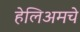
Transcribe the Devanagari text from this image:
हेलिअमचे